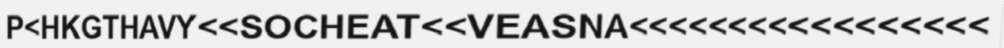
P<HKGTHAVY<<SOCHEAT<<VEASNA<<<<<<<<<<<<<<<<<